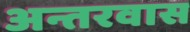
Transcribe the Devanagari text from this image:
अन्तरवास